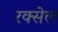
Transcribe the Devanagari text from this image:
रक्सेल